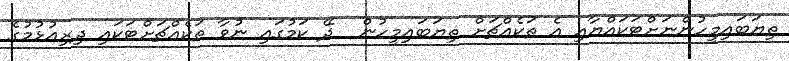
ތިޔަބައިމީހުންނަށްޓަކައްޔާއި އެ ތަކެއްޗަށް ތިޔަބައިމީހުން  ދޭ ކަމުގައި ނުވާ ތަކެއްޗަށްޓަކައި ދިރިއުޅުމުގެ